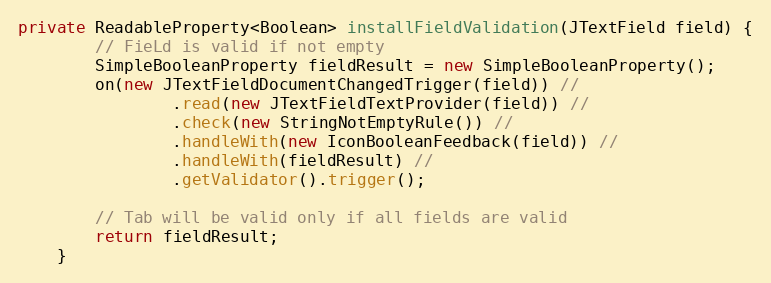
Language: Java
private ReadableProperty<Boolean> installFieldValidation(JTextField field) {
        // FieLd is valid if not empty
        SimpleBooleanProperty fieldResult = new SimpleBooleanProperty();
        on(new JTextFieldDocumentChangedTrigger(field)) //
                .read(new JTextFieldTextProvider(field)) //
                .check(new StringNotEmptyRule()) //
                .handleWith(new IconBooleanFeedback(field)) //
                .handleWith(fieldResult) //
                .getValidator().trigger();

        // Tab will be valid only if all fields are valid
        return fieldResult;
    }